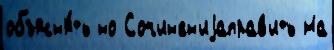
объясн'я́ть но Сочин'ен'иjаправ'ить На